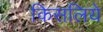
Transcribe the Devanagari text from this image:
किसलिये